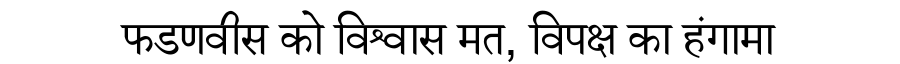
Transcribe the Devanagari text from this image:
फडणवीस को विश्वास मत, विपक्ष का हंगामा